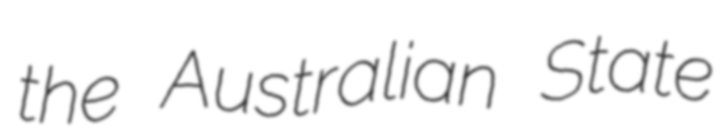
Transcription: the Australian State